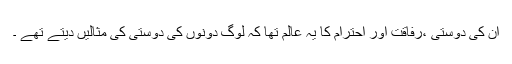
ان کی دوستی ،رفاقت اور احترام کا یہ عالم تھا کہ لوگ دونوں کی دوستی کی مثالیں دیتے تھے ۔